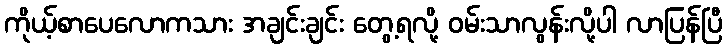
ကိုယ့်စာပေလောကသား အချင်းချင်း တွေ့ရလို့ ဝမ်းသာလွန်းလို့ပါ လာပြန်ပြီ